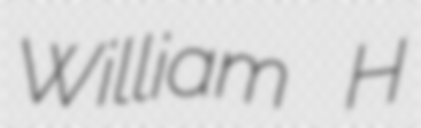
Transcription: William H